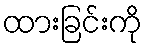
ထားခြင်းကို